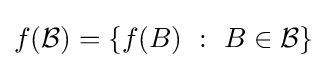
f({\mathcal {B}})=\{f(B)~:~B\in {\mathcal {B}}\}